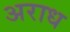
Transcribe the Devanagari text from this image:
अराध